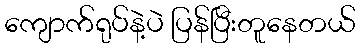
ကျောက်ရုပ်နဲ့ပဲ ပြန်ပြီးတူနေတယ်